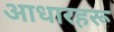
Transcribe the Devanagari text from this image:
आधारहरू